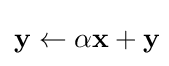
\mathbf {y} \leftarrow \alpha \mathbf {x} +\mathbf {y} \!